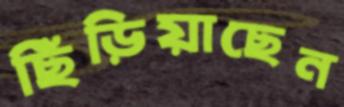
ছিঁড়িয়াছেন